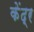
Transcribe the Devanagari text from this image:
केंद्र